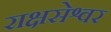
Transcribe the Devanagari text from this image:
राक्षसेश्वर